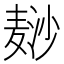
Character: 𱋘